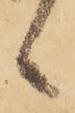
候